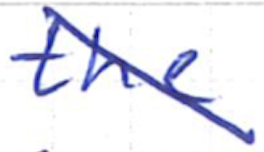
Text: the
Cross-out: diagonal
Writing tool: ballpoint